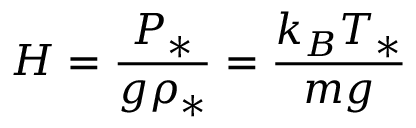
H = \frac { P _ { * } } { g \rho _ { * } } = \frac { k _ { B } T _ { * } } { m g }